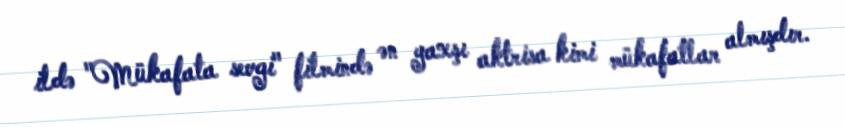
ildə "Mükafata sevgi" filmində ən yaxşı aktrisa kimi mükafatlar almışdır.